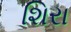
શિરા